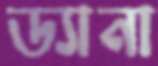
ড্যানা